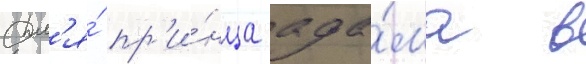
Дл'я́ пр'и́нца ада́ма в